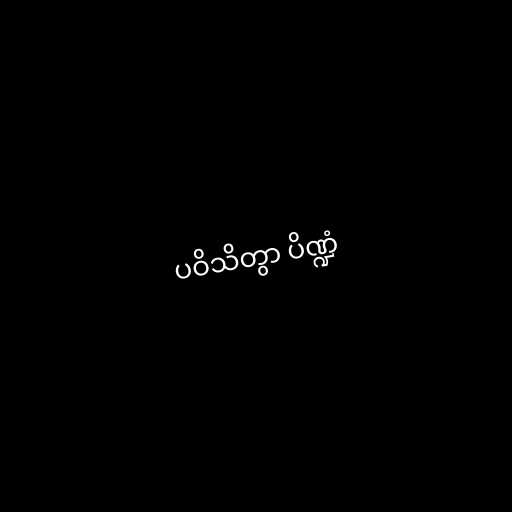
ပဝိသိတွာ ပိဏ္ဍံ